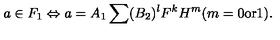
a \in F _ { 1 } \Leftrightarrow a = A _ { 1 } \sum ( B _ { 2 } ) ^ { l } F ^ { k } H ^ { m } ( m = 0 \mathrm { o r } 1 ) .